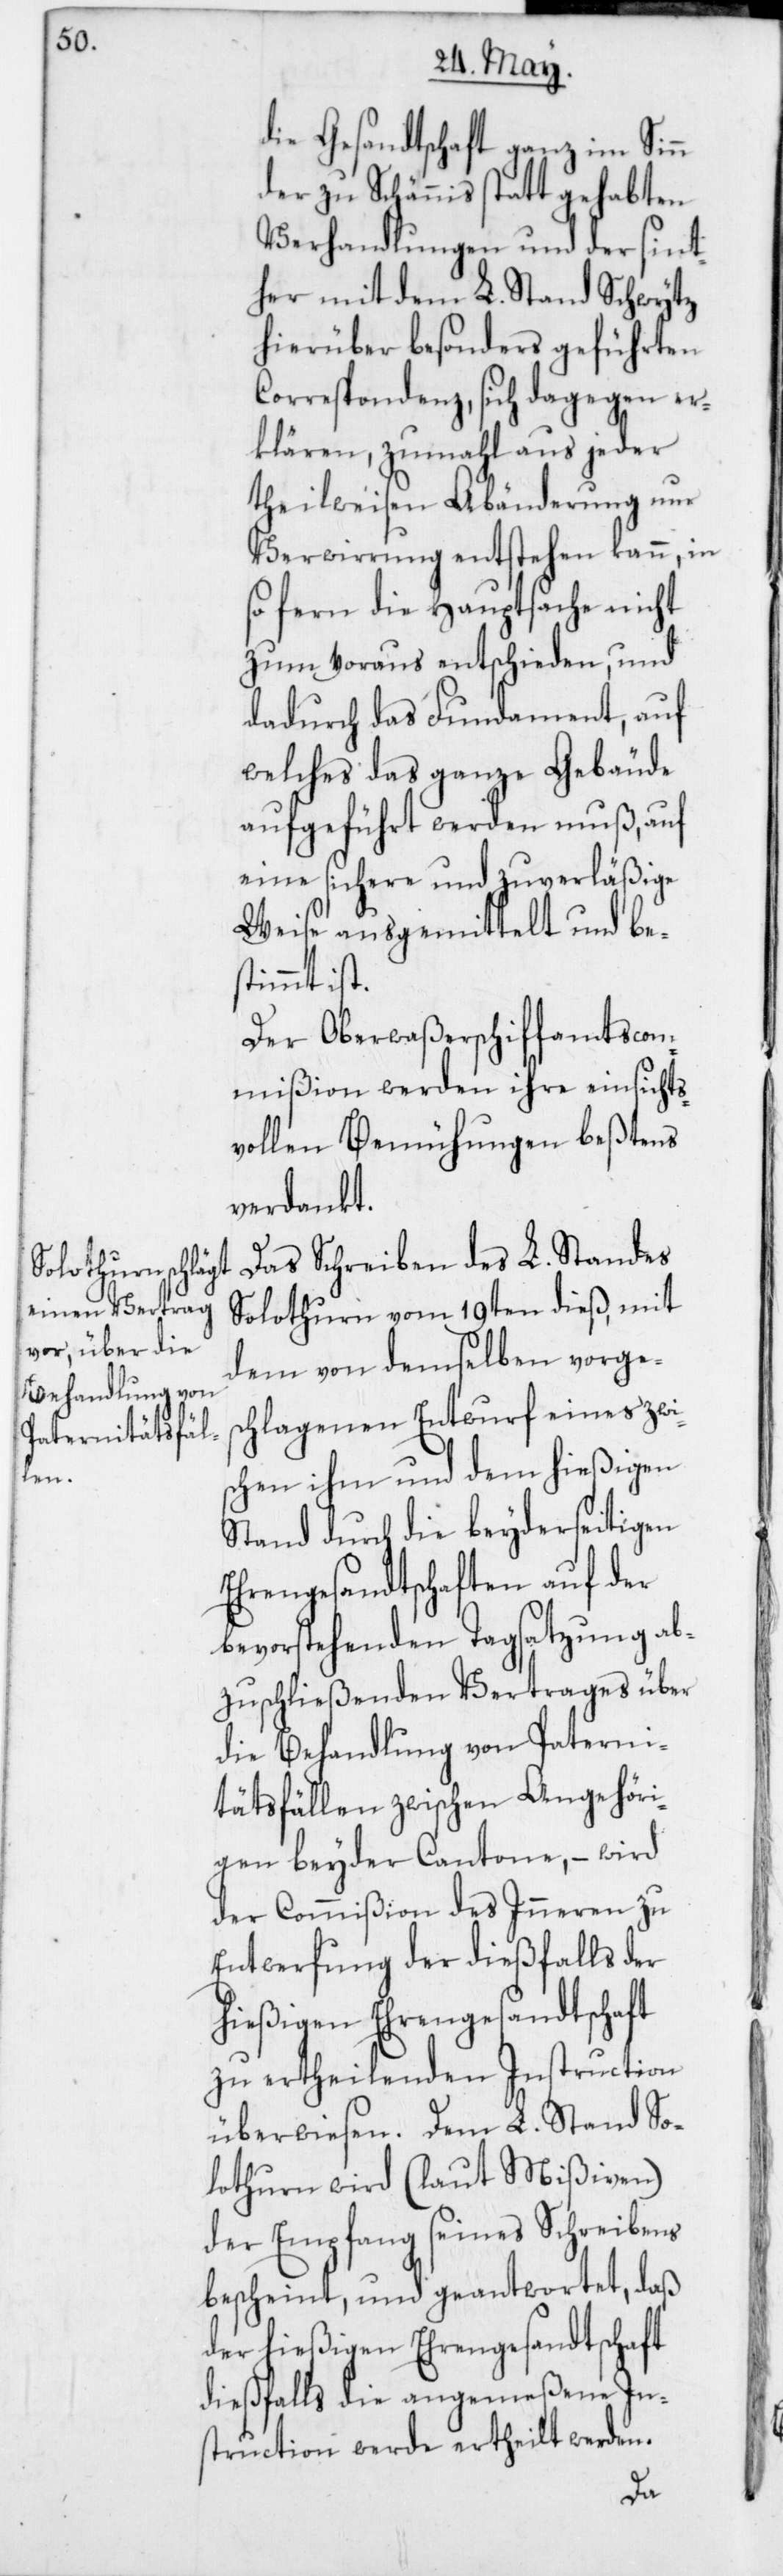
die Gesandtschaft ganz im Sinn
der zu Schänniß stattgehabten
Verhandlungen und der sint¬
her mit dem L. Stand Schwytz
hierüber besonders geführten
Correspondenz, sich dagegen er¬
klären, zumahl aus jeder
theilweisen Abänderung nur
Verwirrung entstehen kann, in
so fern die Hauptsache nicht
zum voraus entschieden, und
dadurch das Fundament, auf
welches das ganze Gebäude
aufgeführt werden muß, auf
eine sichere und zuverläßige
Weise ausgemittelt und be¬
stimmt ist.
Der Oberwaßerschiffamtscom¬
mißion werden ihre einsichts¬
vollen Bemühungen beßtens
verdankt.
Das Schreiben des L. Standes
Solothurn vom 19ten dieß, mit
dem von demselben vorges¬
chlagenen Entwurf eines zwi¬
schen ihm und dem hießigen
Stand durch die beyderseitigen
Ehrengesandtschaften auf der
bevorstehenden Tagsatzung ab¬
zuschließenden Vertrages über
die Behandlung von Paterni¬
tätsfällen zwischen Angehöri¬
gen beyder Cantone, – wird
der Commißion des Inneren zu
Entwerfung der dießfalls der
hießigen Ehrengesandtschaft
zu ertheilenden Instruction
überwiesen. Dem L. Stand So¬
lothurn wird (laut Mißiven)
der Empfang seines Schreibens
bescheint und geantwortet, daß
der hießigen Ehrengesandtschaft
dießfalls die angemeßene In¬
struction werde ertheilt werden.